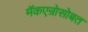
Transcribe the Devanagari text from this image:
मॅकएन्रोसोबत